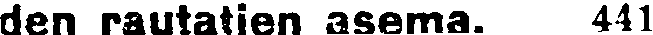
den rautatien asema. 441